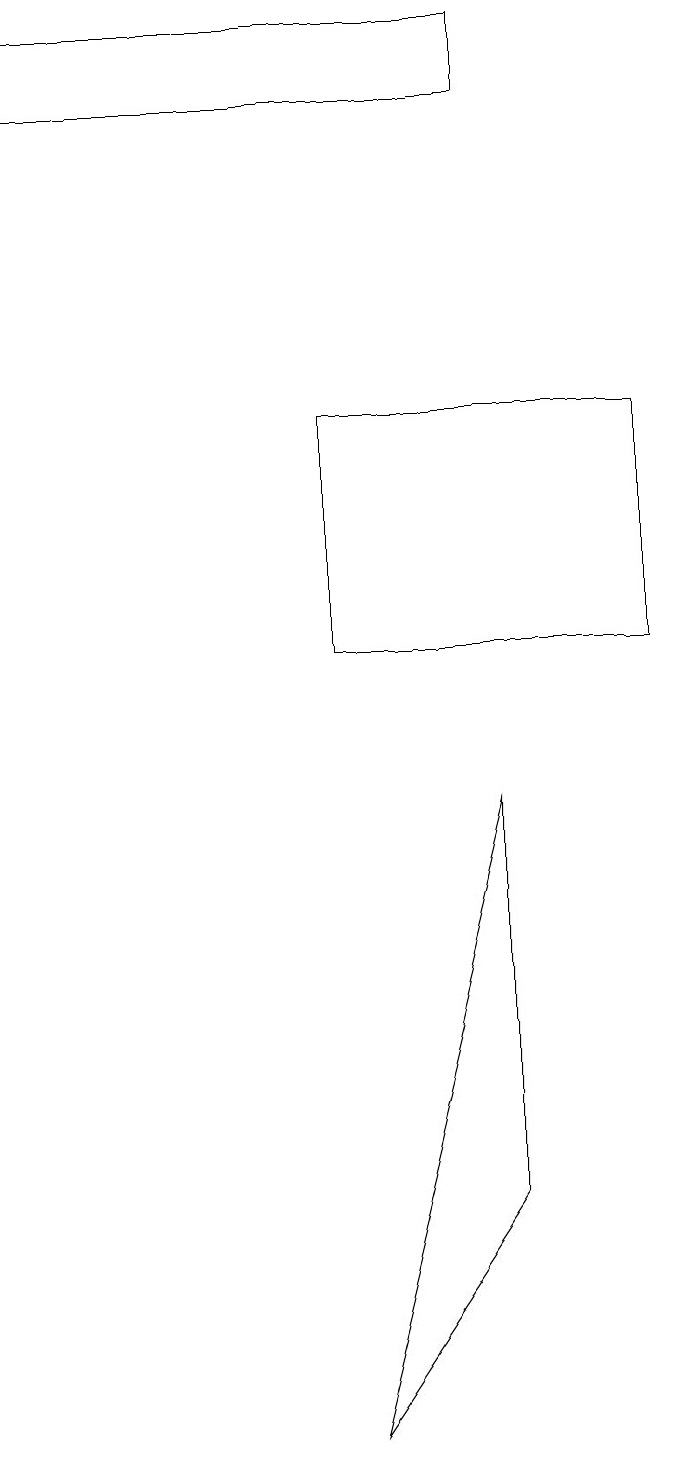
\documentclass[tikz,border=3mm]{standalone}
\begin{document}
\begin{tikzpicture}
\draw (6,3) -- (4,0) -- (6,8) -- cycle;
\draw (6,18) rectangle (0,17);
\draw (4,10) rectangle (8,13);
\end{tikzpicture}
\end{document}